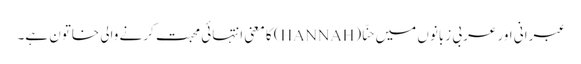
عبرانی اور عربی زبانوں میں حنّا (HANNAH) کا معنی انتہائی محبت کرنے والی خاتون ہے۔